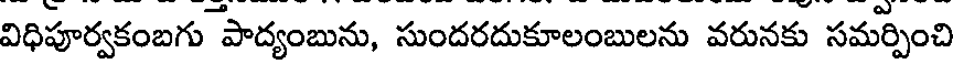
విధిపూర్వకంబగు పాద్యంబును, సుందరదుకూలంబులను వరునకు సమర్పించి